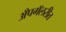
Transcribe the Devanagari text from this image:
अँपगॅलरीत